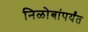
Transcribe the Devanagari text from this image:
निळोबांपर्यंत